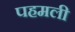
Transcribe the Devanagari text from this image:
पहमली